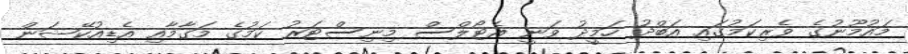
މައުމޫނުގެ ވެރިކަމުގައި އަބްދު ހަމީދު ވަނީ އެޓޯލްސް މިނިސްޓަރު ކަމުގެ މަގާމާއި އެޑިއުކޭޝަން